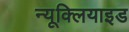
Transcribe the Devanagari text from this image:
न्यूक्लियाइड